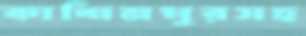
কাশিমপুরসহ